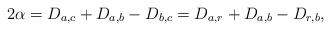
LaTeX: \begin{align*} 2 \alpha=D_{a,c} + D_{a,b} - D_{b,c} = D_{a,r} + D_{a,b} - D_{r,b},\end{align*}